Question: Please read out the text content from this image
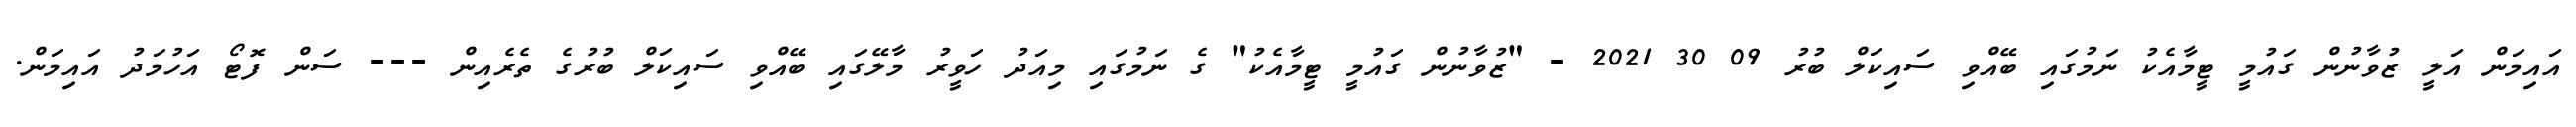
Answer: އައިމަން އަލީ ޒުވާނުން ގައުމީ ޓީމާއެކު ނަމުގައި ބޭއްވި ސައިކަލް ބުރު 09 30 2021 - "ޒުވާނުން ގައުމީ ޓީމާއެކު" ގެ ނަމުގައި މިއަދު ހަވީރު މާލޭގައި ބޭއްވި ސައިކަލް ބުރުގެ ތެރެއިން --- ސަން ފޮޓޯ އަހުމަދު އައިމަން.